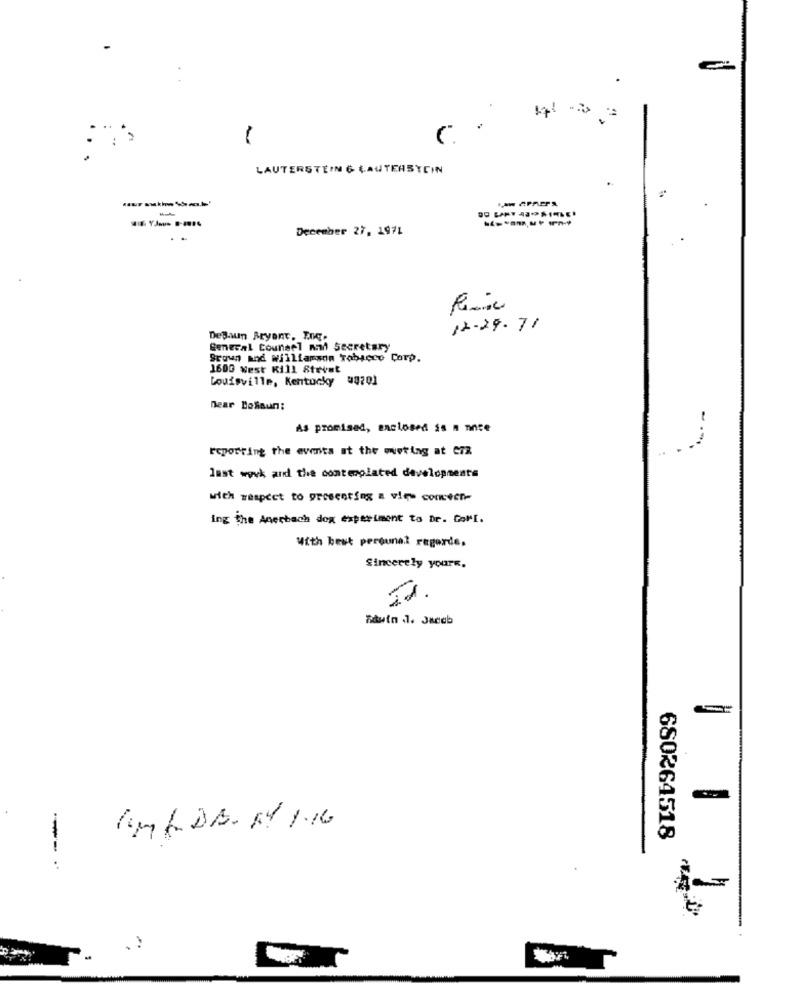
LAUTERSTEIN & LAUTERSTEIN
December 27, 1971
12-29.71
DeBwun Bryant, Enq.
General Counsel mon secretary
Brown and williamson Tobacco Corp.
1600 West Kill Stevet
Louisville, Kentucky #8201
Dear DoSaun:
As promised, enclosed is n nnce
reporting the events at the meeting at e72
last work and the contemplated developments
with respect to presenting a vips comeen-
ing the Anerbach dog experiment to Dr. CoMi.
With best perounal regarde.
Sincerely yours.
680264518
----
. ?